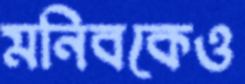
মনিবকেও